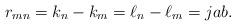
LaTeX: \begin{align*}r_{mn} = k_n - k_m = \ell_n - \ell_m = jab. \end{align*}